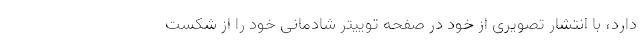
دارد، با انتشار تصویری از خود در صفحه توییتر شادمانی خود را از شکست